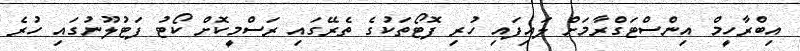
އިބްރާހީމް އިންސްޓަގްރާމަށް ލައިފައި ހުރި ފޮޓޯތަކުގެ ތެރޭގައި ރަސްމީކޮށް ކޯޓު ފަޓުލޫނުގައި ހުރެ